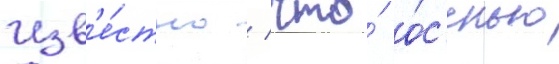
Изв'е́стно / что́ о́с'енью